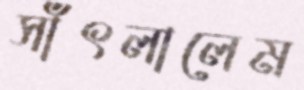
সাঁৎলালেম